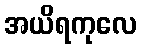
အယိရကုလေ